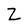
Character: Z